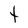
Character: t